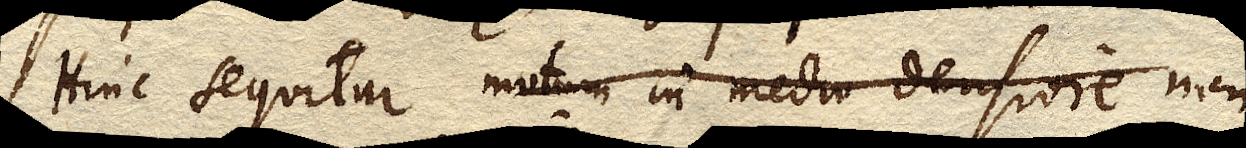
Hinc sequitur motum in medio densiore non